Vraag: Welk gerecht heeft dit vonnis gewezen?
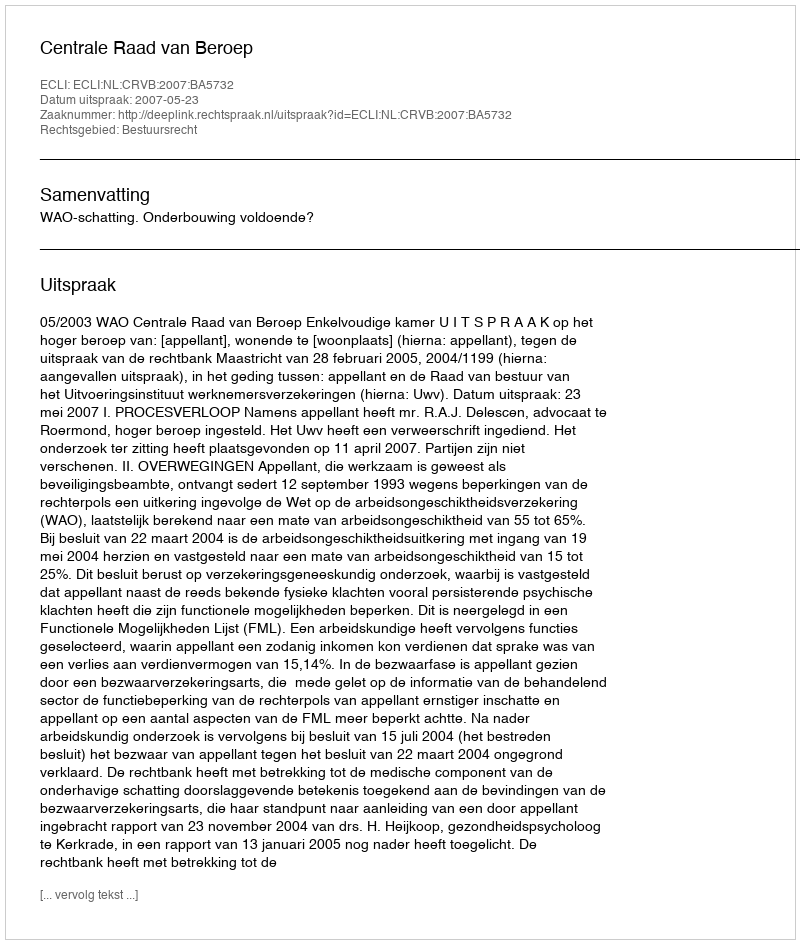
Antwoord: Centrale Raad van Beroep